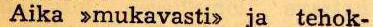
Aika >mukavasti> ja tehok-